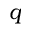
q